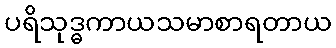
ပရိသုဒ္ဓကာယသမာစာရတာယ